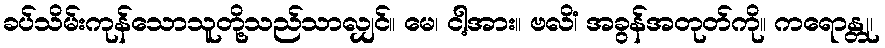
ခပ်သိမ်းကုန်သောသူတို့သည်သာလျှင်။ မေ၊ ငါ့အား။ ဗလိံ၊ အခွန်အတုတ်ကို။ ကရောန္တု၊